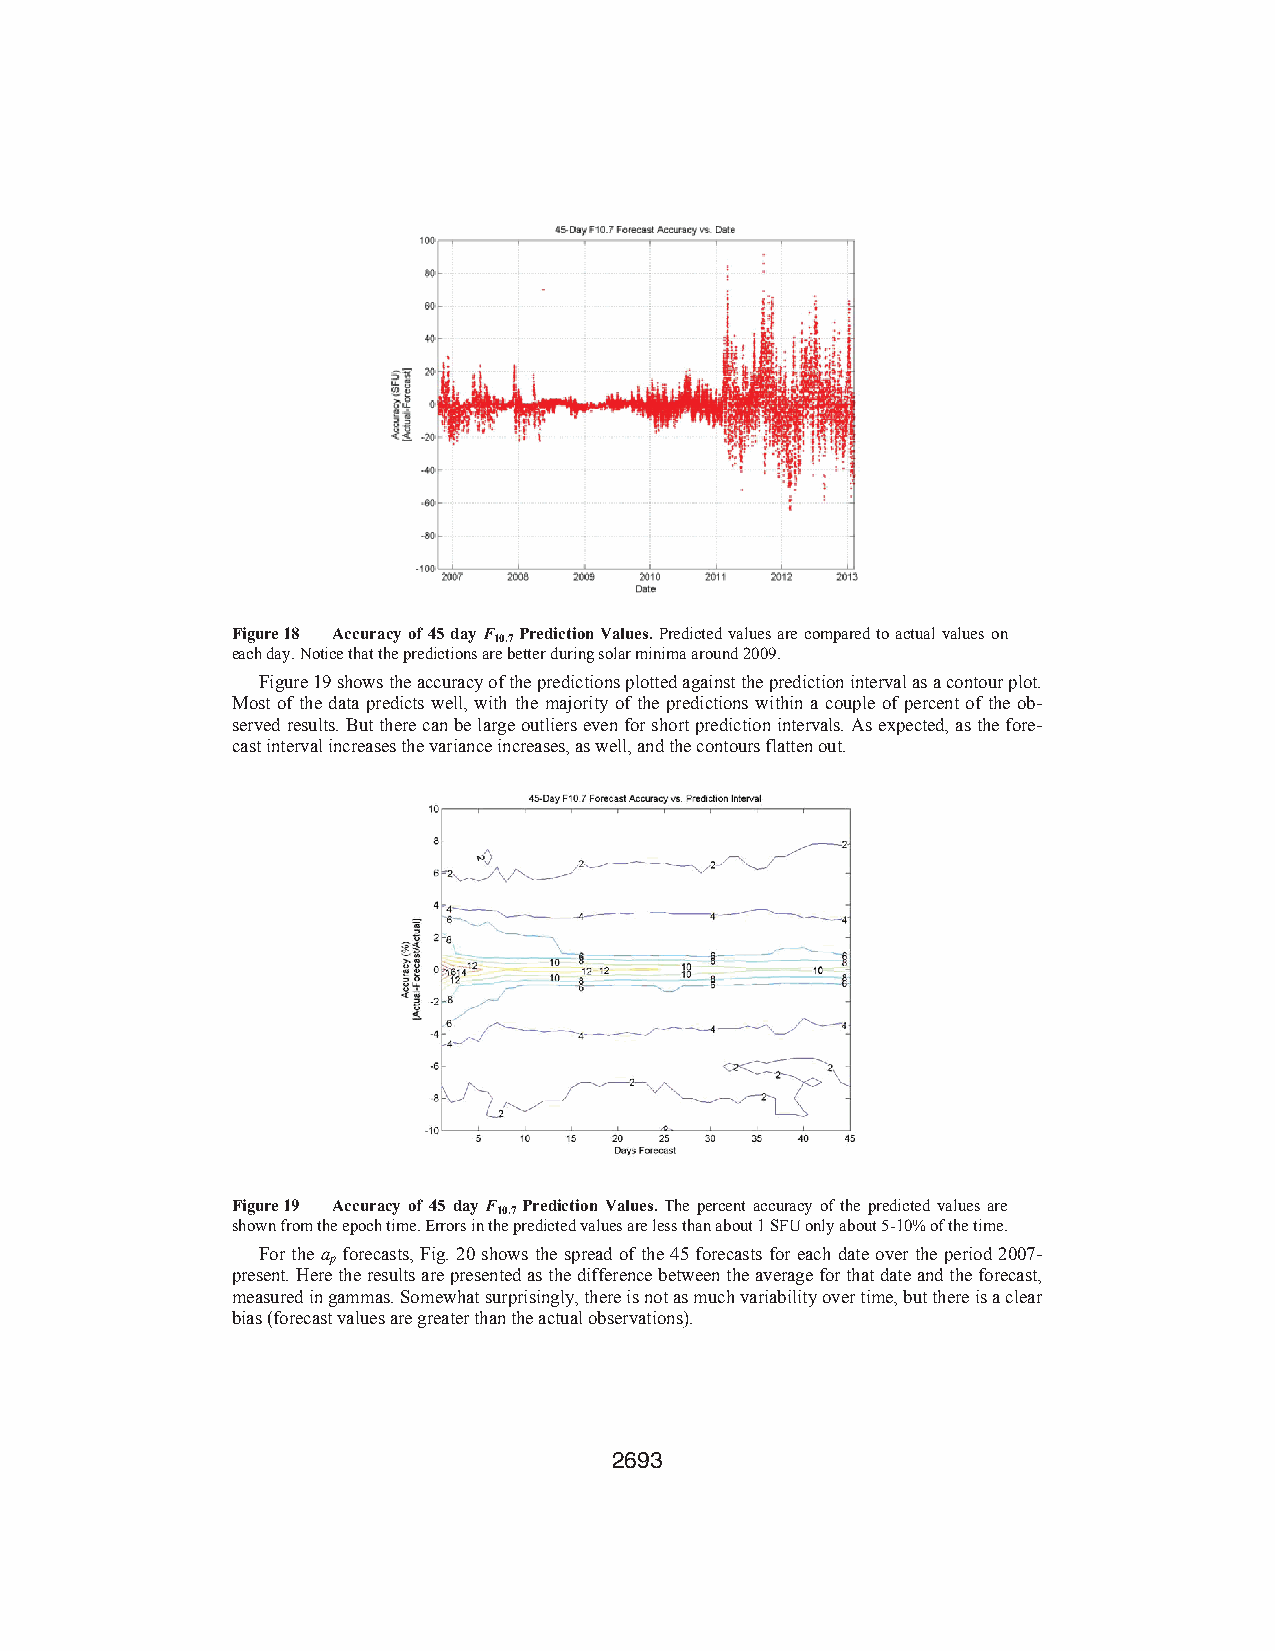
Figure 18 Accuracy of 45 day F Prediction Values. Predicted values are compared to actual values on
 10.7
 each day. Notice that the predictions are better during solar minima around 2009.
 Figure 19 shows the accuracy of the predictions plotted against the prediction interval as a contour plot.
 Most of the data predicts well, with the majority of the predictions within a couple of percent of the ob-
 served results. But there can be large outliers even for short prediction intervals. As expected, as the fore-
 cast interval increases the variance increases, as well, and the contours flatten out.
 Figure 19 Accuracy of 45 day F Prediction Values. The percent accuracy of the predicted values are
 10.7
 shown from the epoch time. Errors in the predicted values are less than about 1 SFU only about 5-10% of the time.
 For the a forecasts, Fig. 20 shows the spread of the 45 forecasts for each date over the period 2007-
 p
 present. Here the results are presented as the difference between the average for that date and the forecast,
 measured in gammas. Somewhat surprisingly, there is not as much variability over time, but there is a clear
 bias (forecast values are greater than the actual observations).
 2693